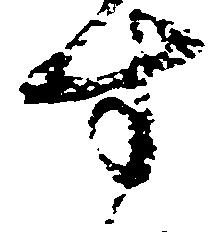
す